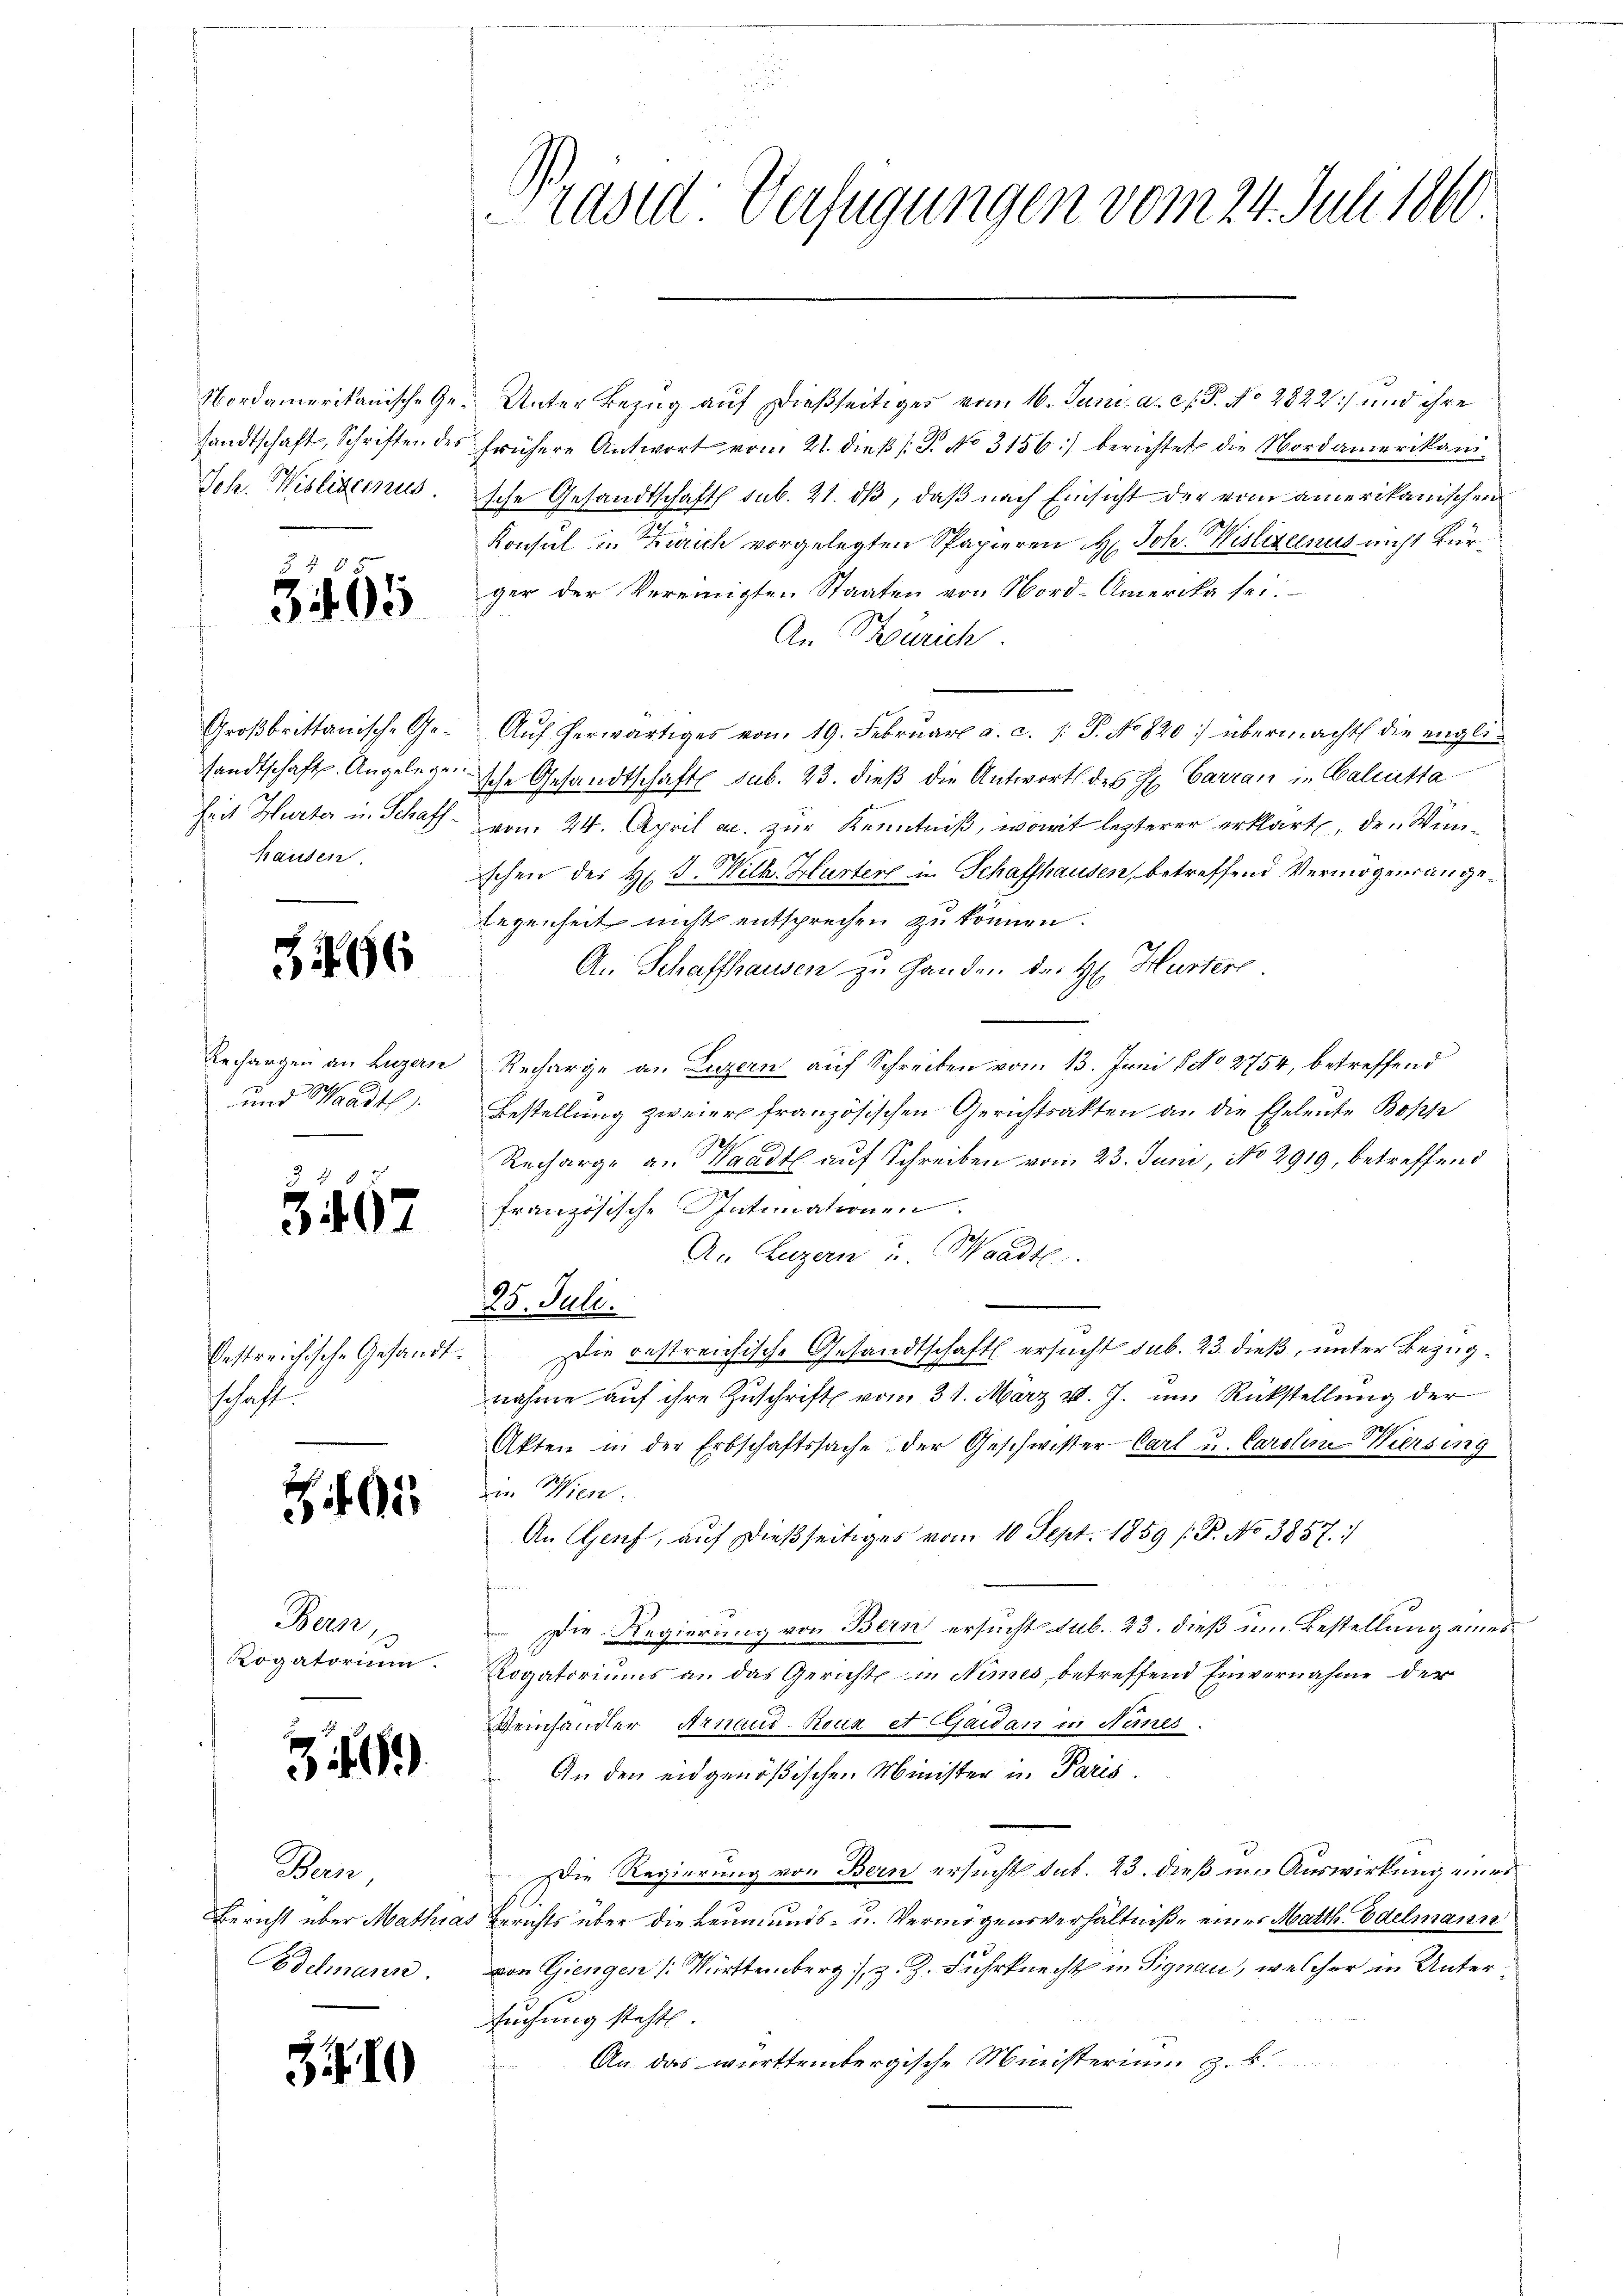
5465

hausen.

266

und Waadt

3467

schaft.

05

Bern,

3

Buc

310

Nordamerikanische Ge- Unter Bezug auf dießseitiges vom 16. Juni a. c. P. No 2822) und ihre
sandtschaft, Schriften des frühere Antwort vom 21. dieβ (: P. No 3156) berichtet die Nordamerikan¬
Jch. Wislixenus. sche Gesandtschaft sub. 21. dβ, daß nach Einsicht der vom amerikanischen
Konsul in Zürich vorgelegten Spapieren H. Joh. Wislizcenus nicht kürger der Vereinigten Staaten von Nord-Amerika sei.
An Stürich.
Großbrittanische Ge- Aŭf herwärtiges von 19. Februar a. c. /: P. No 820 übermacht die englisandtschaft. Angelegensche Gesandtschafts sub. 23. dieß die Antwort des Hr. Carran in Calcutta
heit Hurter in Schaff vom 24. April ac. zur Kenntniß, womit lezterer erklärt, den Winschen des Hr. J. Wilh. Hurtere in Schaffhausen, betreffend Vermögensangelegenheit nicht entsprechen zu können.
An Schaffhausen zu Handen des H. Hurters
Rechargen an Luzern Recharge an Luzern auf Schreiben vom 13. Juni NNo. 2754, betreffend
Bestellung zweier französischen Gerichtsakten an die Eheleute Bopp

Recharge an Waadt auf Schreiben vom 23. Juni, No 2919, betreffend
französische Intimationen.
An Luzern u. Waadt
e
128. Jull.
Oestreichische Gesandt. Die gestreichische Gesandtschaft ersucht sub. 23 dieß, unter Bezugnahme auf ihre Zuschrift vom 31. März v. J. um Rückstellung der
Akten in der Erbschaftssache der Geschwister Carl u. Carolin Wiersing
in Wien.
An Genf, aŭf dießseitiges vom 10 Sept. 1859 (P. No 3857.
e
Die Regierung von Bern ersucht sub. 23. dieß um Bestellung eines
Rogatorium. Rogatoriums an das Gerichts in Nimes, betreffend Einvernahme der
Weinhändler Arnaud-Roux et Gaidan in Nanes.
An den eidgenößischen Minister in Paris.
Die Regierung von Bern ersucht sub. 23. dieß im Auswirkung ers
Bericht über Mathias Berichts über die Leumunds- u. Vermögensverhältniße einer Matth. Edelmann
Bdelmann. von Giengen ( Württemberg), z. Z. Fuhrknecht in Signau, welcher in Untersuchung steht
An das württembergische Ministerium z. B.

Präsid: Verfügungen vom 24. Juli 1860